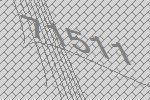
71511